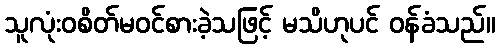
သူလုံးဝစိတ်မဝင်စားခဲ့သဖြင့် မသိဟုပင် ဝန်ခံသည်။